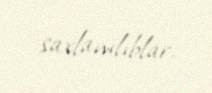
saxlanılıblar.